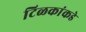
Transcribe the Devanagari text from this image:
टिळकांकडे